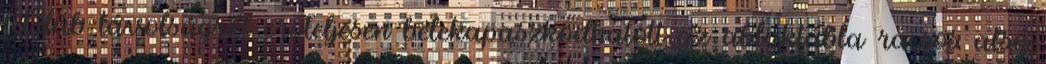
fél láb távolságról erőteljesen belekapaszkodhatott az ablaktábla rácsos alsó